Leaving Certificate Examination, 1924
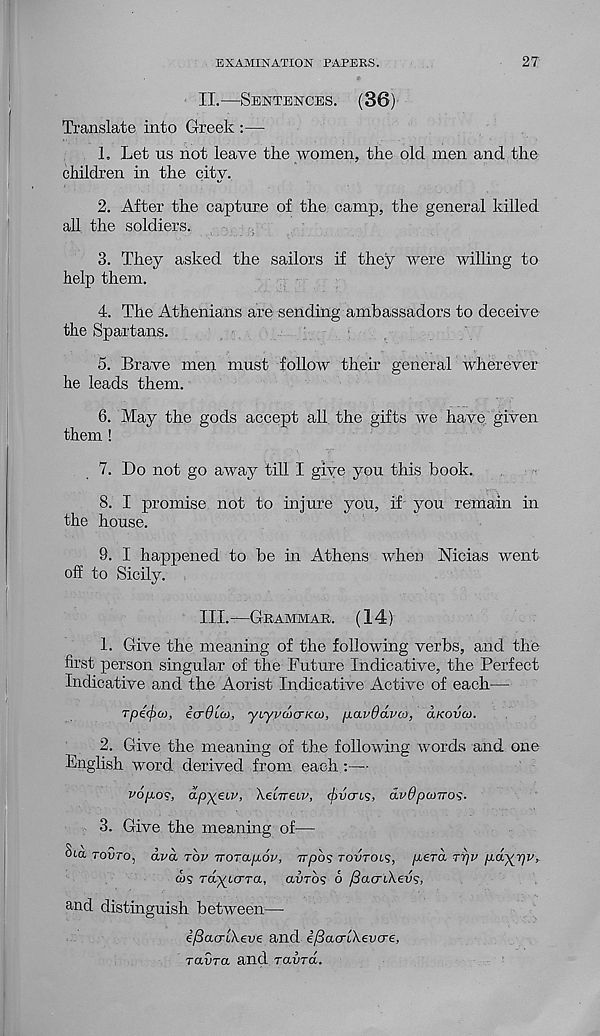
EXAMINATION PAPERS.
27
II.
—
Translate into Greek :—
L Let us not leave the women, the old men and the
children in the city.
2. After the capture of the camp, the general killed
all the soldiers.
3. They asked the sailors if they were willing to
help them.
4. The Athenians are sending ambassadors to deceive
the Spartans.
5. Brave men must follow their general wherever
he leads them.
6. May the gods accept all the gifts we have given
them !
7. Do not go away till I give you this book.
8. I promise not to injure you, if you remain in
the house.
9. I happened to be in Athens when IMicias went
off to Sicily.
III. —GRAMMAR. (14)
1. Give the meaning of the following verbs, and the
first person singular of the Future Indicative, the Perfect
Indicative and the Aorist Indicative Active of each—
Tpe(f)(o, icrOicx), 'yi'ypaxrKco, pavdavto, CLKOVU.
2. Give the meaning of the following words and one
English word derived from each:—
PO/ao?, dpyetp, Xebireiv, (iucris, dvOpcoiro^.
3. Give the meaning of—•
§1.0. rouro, dvd TOP iroTap-ov, irpos TOVTOIS, /ierd Trjp p.d^r)v,
Tayiora, avros 6 /SacriXevs,
and distinguish between—
i/3acrl,\eve and i/3acrb\evcre,
T<xvTa and ravTOb.